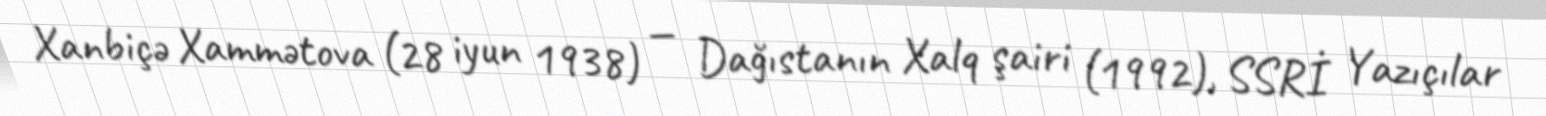
Xanbiçə Xammətova (28 iyun 1938) — Dağıstanın Xalq şairi (1992), SSRİ Yazıçılar